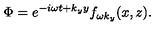
\Phi = e ^ { - i \omega t + k _ { y } y } f _ { \omega k _ { y } } ( x , z ) .